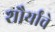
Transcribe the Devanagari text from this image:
शौर्यांचे